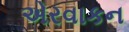
એરવાકન